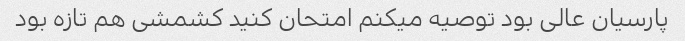
پارسیان عالی بود توصیه میکنم امتحان کنید کشمشی هم تازه بود